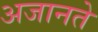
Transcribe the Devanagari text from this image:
अजानते